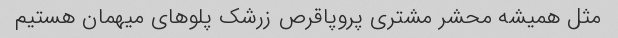
مثل همیشه محشر مشتری پروپاقرص زرشک‌ پلو‌های میهمان هستیم